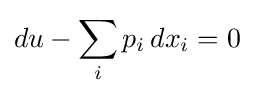
du-\sum _{i}p_{i}\,dx_{i}=0